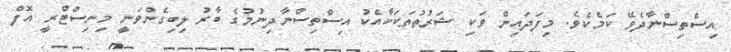
އިސްތިސްނާދެވޭ ކަމެކެވެ. މިފަދައިން ވަކި ޝަރުތުތަކަކާއެކު އިސްތިސްނާދިނުމުގެ ބާރު ލިބިގެންވަނީ މިނިސްޓްރީ އޮފް